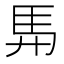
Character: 𮩴